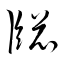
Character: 牎